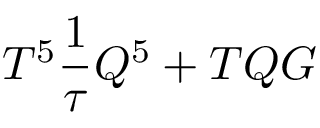
T ^ { 5 } \frac { 1 } { \tau } Q ^ { 5 } + T Q G